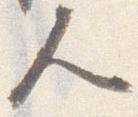
人